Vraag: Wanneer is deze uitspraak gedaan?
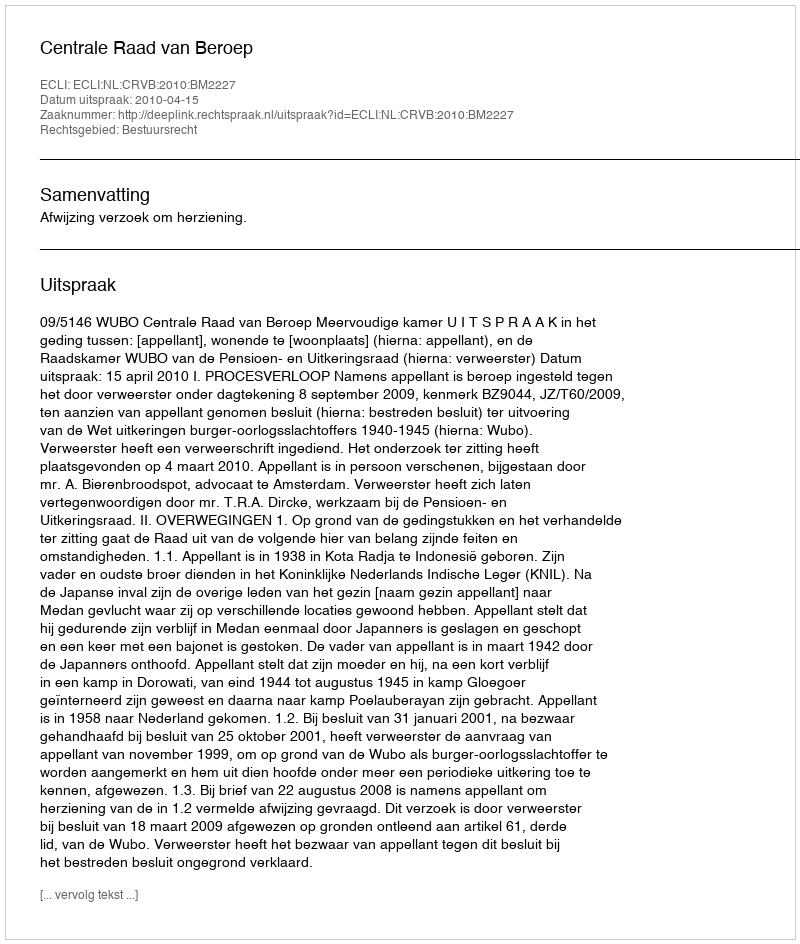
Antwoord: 2010-04-15